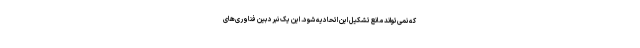
که نمی‌تواند مانع تشکیل این اتحادیه شود. این یک نبرد بین فناوری‌های